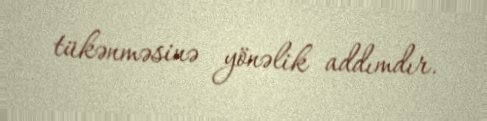
tükənməsinə yönəlik addımdır.